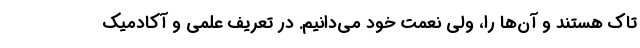
تاک هستند و آن‌ها را، ولی نعمت خود می‌دانیم. در تعریف علمی و آکادمیک